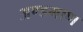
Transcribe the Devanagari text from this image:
अण्डमाण